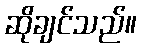
ဆိုချင်သည်။